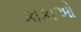
કાકાઓ